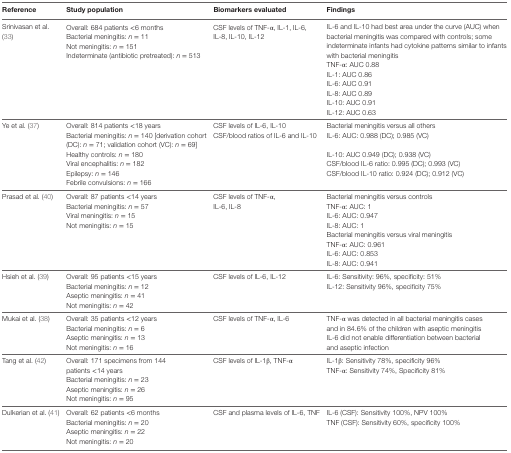
<table><thead><tr><td><b>Reference</b></td><td><b>Study population</b></td><td><b>Biomarkers evaluated</b></td><td><b>Findings</b></td></tr></thead><tbody><tr><td>Srinivasan et al. (33)</td><td>Overall: 684 patients &lt;6 monthsBacterial meningitis: <i>n</i> = 11Not meningitis: <i>n</i> = 151Indeterminate (antibiotic pretreated): <i>n</i> = 513</td><td>CSF levels of TNF-α, IL-1, IL-6, IL-8, IL-10, IL-12</td><td>IL-6 and IL-10 had best area under the curve (AUC) when bacterial meningitis was compared with controls; some indeterminate infants had cytokine patterns similar to infants with bacterial meningitisTNF-α: AUC 0.88IL-1: AUC 0.86IL-6: AUC 0.91IL-8: AUC 0.89IL-10: AUC 0.91IL-12: AUC 0.63</td></tr><tr><td>Ye et al. (37)</td><td>Overall: 814 patients &lt;18 yearsBacterial meningitis: <i>n</i> = 140 [derivation cohort(DC): <i>n</i> = 71; validation cohort (VC): <i>n</i> = 69]Healthy controls: <i>n</i> = 180Viral encephalitis: <i>n</i> = 182Epilepsy: <i>n</i> = 146Febrile convulsions: <i>n</i> = 166</td><td>CSF levels of IL-6, IL-10CSF/blood ratios of IL-6 and IL-10</td><td>Bacterial meningitis versus all othersIL-6: AUC: 0.988 (DC); 0.985 (VC)IL-10: AUC 0.949 (DC); 0.938 (VC)CSF/blood IL-6 ratio: 0.995 (DC); 0.993 (VC)CSF/blood IL-10 ratio: 0.924 (DC); 0.912 (VC)</td></tr><tr><td>Prasad et al. (40)</td><td>Overall: 87 patients &lt;14 yearsBacterial meningitis: <i>n</i> = 57Viral meningitis: <i>n</i> = 15Not meningitis: <i>n</i> = 15</td><td>CSF levels of TNF-α, IL-6, IL-8</td><td>Bacterial meningitis versus controlsTNF-α: AUC: 1IL-6: AUC: 0.947IL-8: AUC: 1Bacterial meningitis versus viral meningitisTNF-α: AUC: 0.961IL-6: AUC: 0.853IL-8: AUC: 0.941</td></tr><tr><td>Hsieh et al. (39)</td><td>Overall: 95 patients &lt;15 yearsBacterial meningitis: <i>n</i> = 12Aseptic meningitis: <i>n</i> = 41Not meningitis: <i>n</i> = 42</td><td>CSF levels of IL-6, IL-12</td><td>IL-6: Sensitivity: 96%, specificity: 51%IL-12: Sensitivity 96%, specificity 75%</td></tr><tr><td>Mukai et al. (38)</td><td>Overall: 35 patients &lt;12 yearsBacterial meningitis: <i>n</i> = 6Aseptic meningitis: <i>n</i> = 13Not meningitis: <i>n</i> = 16</td><td>CSF levels of TNF-α, IL-6</td><td>TNF-α was detected in all bacterial meningitis cases and in 84.6% of the children with aseptic meningitisIL-6 did not enable differentiation between bacterial and aseptic infection</td></tr><tr><td>Tang et al. (42)</td><td>Overall: 171 specimens from 144patients &lt;14 yearsBacterial meningitis: <i>n</i> = 23Aseptic meningitis: <i>n</i> = 26Not meningitis: <i>n</i> = 95</td><td>CSF levels of IL-1β, TNF-α</td><td>IL-1β: Sensitivity 78%, specificity 96%TNF-α: Sensitivity 74%, Specificity 81%</td></tr><tr><td>Dulkerian et al. (41)</td><td>Overall: 62 patients &lt;6 monthsBacterial meningitis: <i>n</i> = 20Aseptic meningitis: <i>n</i> = 22Not meningitis: <i>n</i> = 20</td><td>CSF and plasma levels of IL-6, TNF</td><td>IL-6 (CSF): Sensitivity 100%, NPV 100%TNF (CSF): Sensitivity 60%, specificity 100%</td></tr></tbody></table>